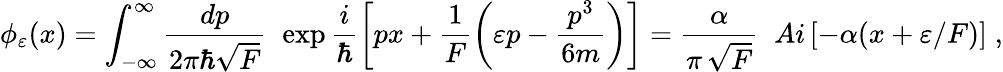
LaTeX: \phi_{\varepsilon}(x)=\int_{-\infty}^{\infty}\frac{dp}{2\pi\hbar\sqrt{F}}\; \; \exp\frac{i}{\hbar}\left[px+\frac{1}{F}\left(\varepsilon p-\frac{p^{3}}{6m}\right)\right]=\frac{\alpha}{\pi\, \sqrt{F}}\; \; Ai\left[-\alpha(x+\varepsilon/F)\right]\; ,